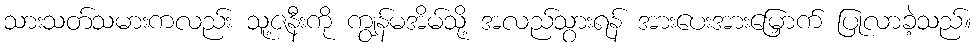
သားသတ်သမားကလည်း သူ့ဇနီးကို ကျွန်မအိမ်သို့ အလည်သွားရန် အားပေးအားမြှောက် ပြုလာခဲ့သည်။